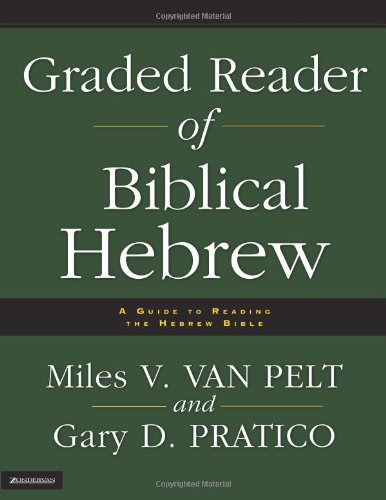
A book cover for Graded Reader of Biblical Hebrew: A Guide to Reading the Hebrew Bible; Miles V. Van Pelt; Christian Books & Bibles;